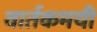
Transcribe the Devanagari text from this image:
वार्तकमयी